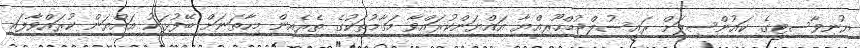
ޔުނިވާސިޓީގެ ކައުންސިލަށް ރައީސުލްޖުމްހޫރިއްޔާ އައްޔަންކުރައްވާ މަގާމުތަކުގެ ތެރެއިން މިހާތަނަށް ބޭފުޅަކު އައްޔަން ކުރައްވާފައި